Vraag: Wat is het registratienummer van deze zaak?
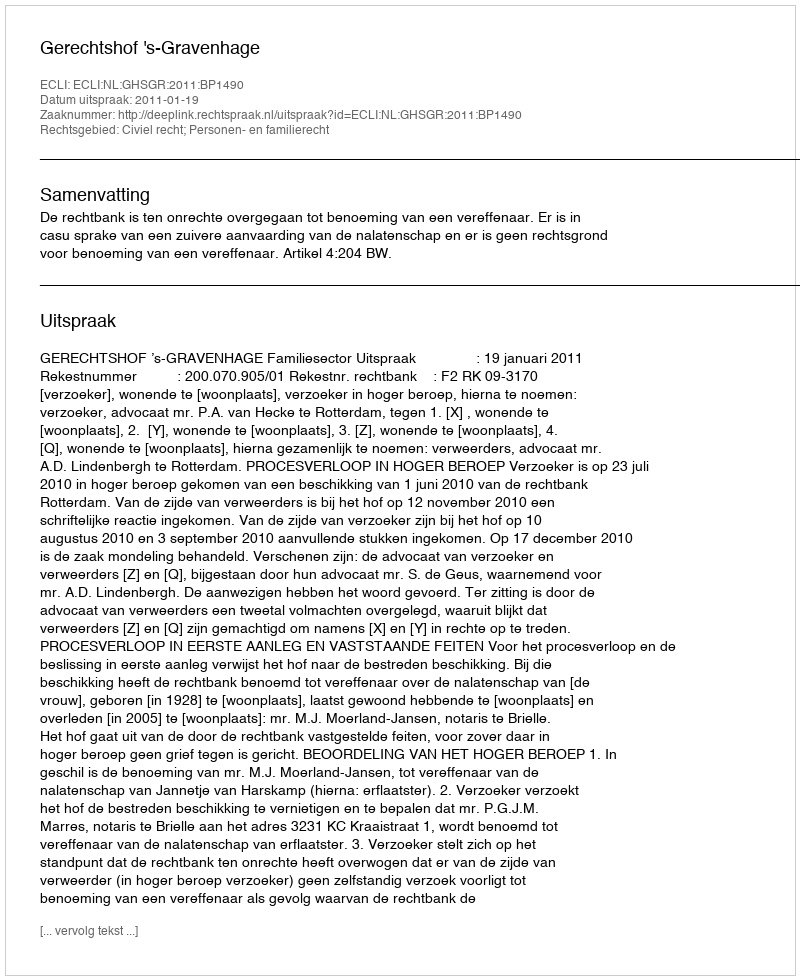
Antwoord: http://deeplink.rechtspraak.nl/uitspraak?id=ECLI:NL:GHSGR:2011:BP1490